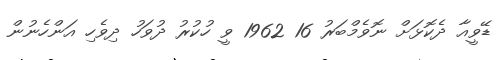
ޑޭވީއާ ދެކޮޅަށް ނޮވެމްބަރު 16 1962 ވީ ހުކުރު ދުވަހު ދިވެހި އަންހެނުން